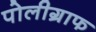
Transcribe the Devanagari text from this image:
पोलीग्राफ